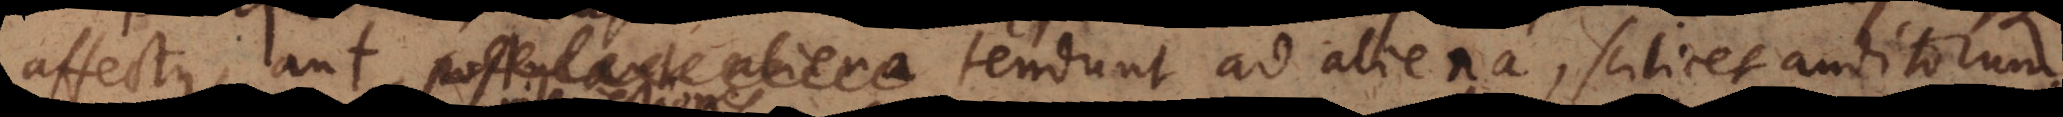
affectus, aut postulant aliena tendunt ad aliena, scilicet auditorum.